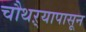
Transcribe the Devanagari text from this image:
चौथऱ्यापासून